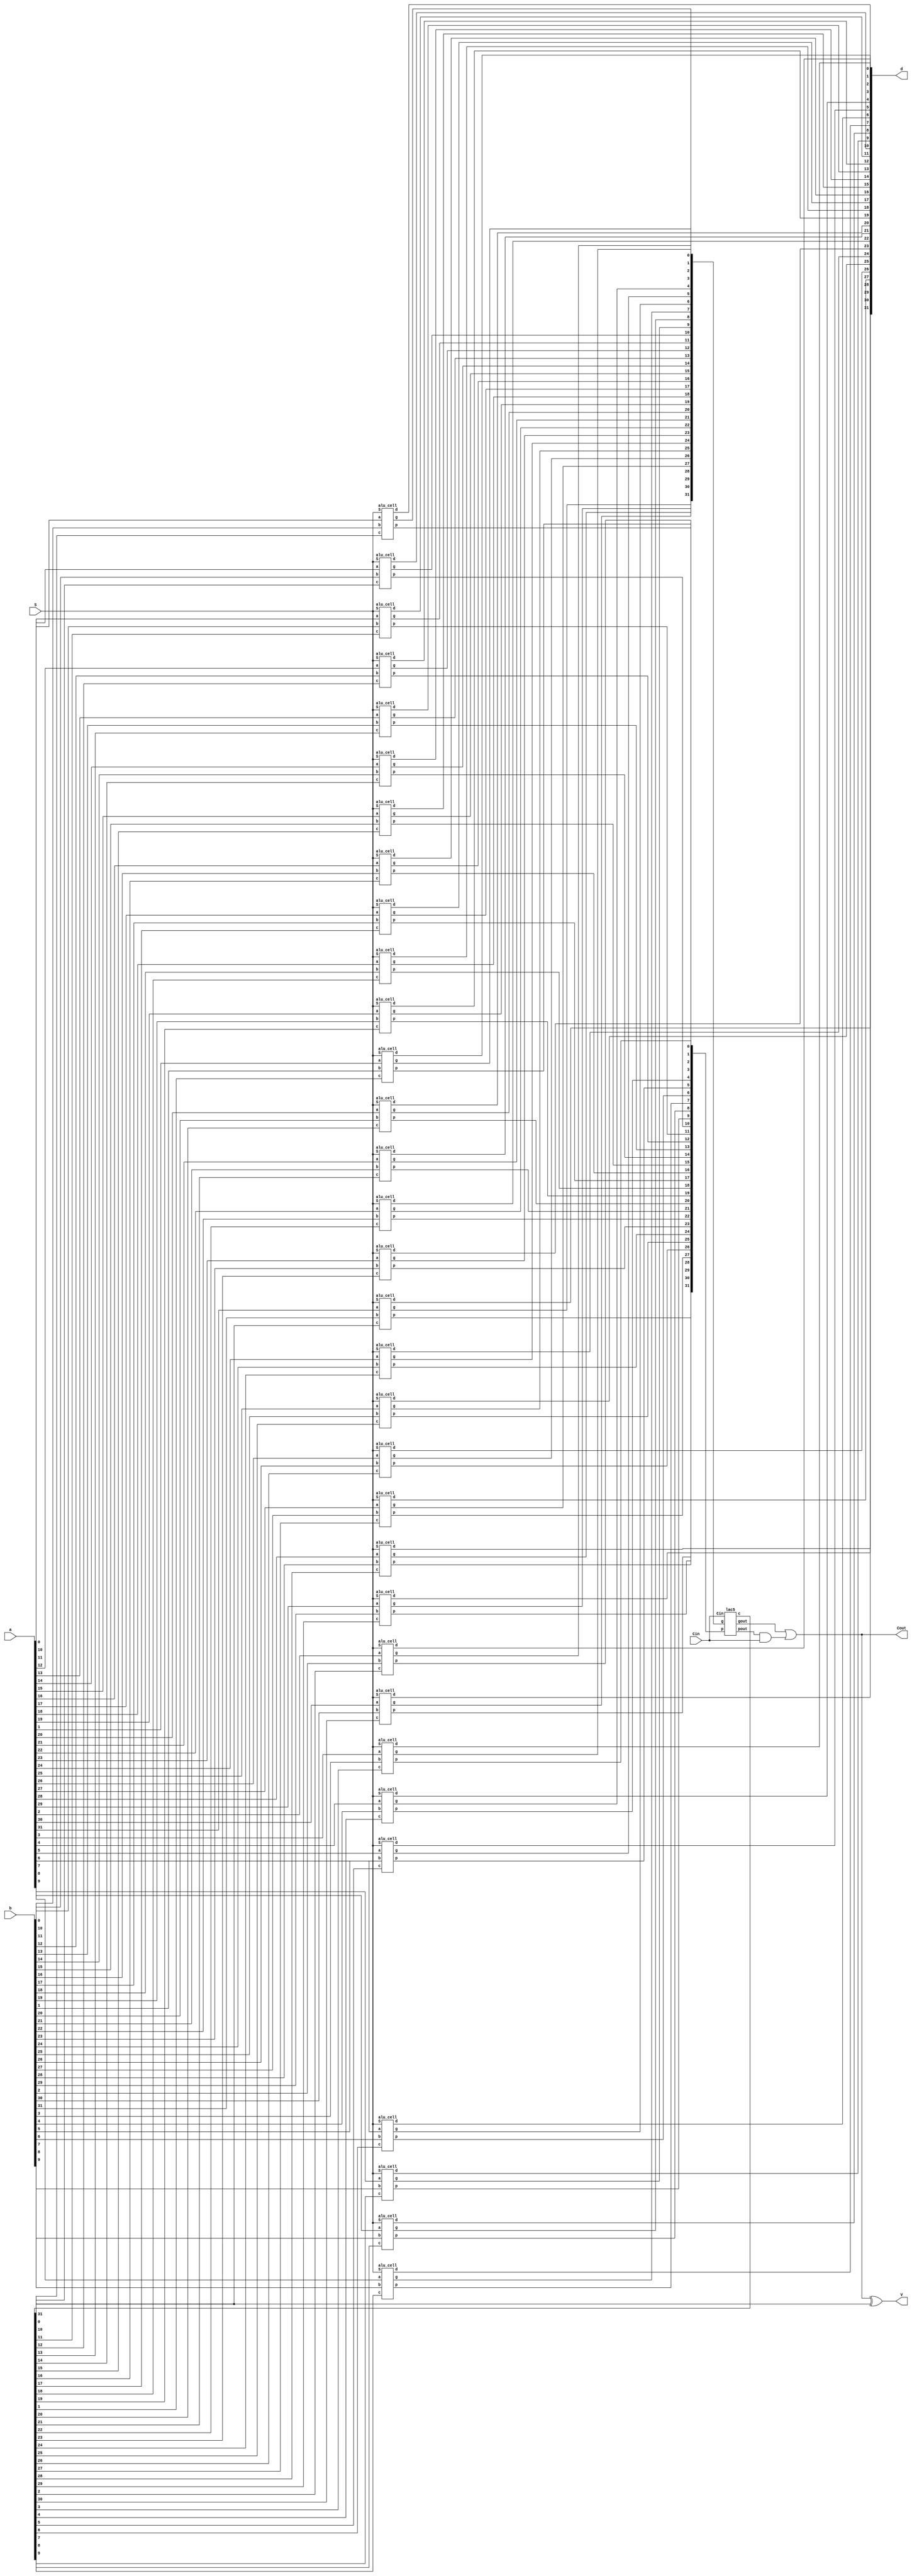
`timescale 1ns / 1ps

module alu32 (d, Cout, V, a, b, Cin, S);
   output[31:0] d;
   output Cout, V;
   input [31:0] a, b;
   input Cin;
   input [2:0] S;
   
   wire [31:0] c, g, p;
   wire gout, pout;
   
   //alu cells for each bit
   alu_cell alucell[31:0] (
      .d(d),
      .g(g),
      .p(p),
      .a(a),
      .b(b),
      .c(c),
      .S(S)
   );
   
   //LAC tree
   lac5 laclevel5(
      .c(c),
      .gout(gout),
      .pout(pout),
      .Cin(Cin),
      .g(g),
      .p(p)
   );

   //overflow calculation 
   assign Cout = gout | (pout & Cin);
   assign V = Cout ^ c[31];
  
endmodule


module alu_cell (d, g, p, a, b, c, S);
    output reg d;
    output g, p;
    input a, b, c;
    input [2:0] S;
    
    wire cint, bint;

    assign bint = (~S[2] & S[0]) ^ b;
    assign g=a&bint;
    assign p=a^bint;
    assign cint = (~S[2] & S[1]) & c;
    
    //case statements for functions, according to the assignment doc
    always@(d,p,cint,a,b,S) 
        case (S)
            3'b000, 3'b001, 3'b010, 3'b011:
                d = p ^ cint;
                
            3'b100:
                d = a|b;
                
            3'b101:
                d = ~(a | b);
            3'b110:
                d = a & b;
            3'b111:
                d = 1'b0;
    endcase
endmodule

module lac(c, gout, pout, Cin, g, p);
    // base LAC, given in class slides
    output [1:0] c;
    output gout, pout;
    input Cin;
    input [1:0] g, p;
    
    assign c[0] = Cin;
    assign c[1] = g[0] | (p[0]&Cin);
    assign gout = g[1]|(p[1]&g[0]);
    assign pout = p[1]&p[0];
endmodule


module lac2(c, gout, pout, Cin, g, p);
    output [3:0] c;
    output gout, pout;
    input Cin;
    input [3:0] g, p;
    
    wire [1:0] cint, gint, pint;
    
    lac leaf0(
        .c(c[1:0]),
        .gout(gint[0]),
        .pout(pint[0]),
        .Cin(cint[0]),
        .g(g[1:0]),
        .p(p[1:0])
    );
    
    lac leaf1(
        .c(c[3:2]),
        .gout(gint[1]),
        .pout(pint[1]),
        .Cin(cint[1]),
        .g(g[3:2]),
        .p(p[3:2])
    );
    
    lac root(
        .c(cint),
        .gout(gout),
        .pout(pout),
        .Cin(Cin),
        .g(gint),
        .p(pint)
    );
    
    
endmodule   


module lac3(c, gout, pout, Cin, g, p);
    output [7:0] c;
    output gout, pout;
    input Cin;
    input [7:0] g, p;
    
    wire [1:0] cint, gint, pint;
    
    lac2 leaf0(
        .c(c[3:0]),
        .gout(gint[0]),
        .pout(pint[0]),
        .Cin(cint[0]),
        .g(g[3:0]),
        .p(p[3:0])
    );
    
    lac2 leaf1(
        .c(c[7:4]),
        .gout(gint[1]),
        .pout(pint[1]),
        .Cin(cint[1]),
        .g(g[7:4]),
        .p(p[7:4])
    );
    
    lac root(
        .c(cint),
        .gout(gout),
        .pout(pout),
        .Cin(Cin),
        .g(gint),
        .p(pint)
    );
endmodule


module lac4(c, gout, pout, Cin, g, p);
    output [15:0] c;
    output gout, pout;
    input Cin;
    input [15:0] g, p;
    
    wire [1:0] cint, gint, pint;
    
    lac3 leaf0(
        .c(c[7:0]),
        .gout(gint[0]),
        .pout(pint[0]),
        .Cin(cint[0]),
        .g(g[7:0]),
        .p(p[7:0])
    );
    
    lac3 leaf1(
        .c(c[15:8]),
        .gout(gint[1]),
        .pout(pint[1]),
        .Cin(cint[1]),
        .g(g[15:8]),
        .p(p[15:8])
    );
    
    lac root(
        .c(cint),
        .gout(gout),
        .pout(pout),
        .Cin(Cin),
        .g(gint),
        .p(pint)
    );
endmodule


module lac5(c, gout, pout, Cin, g, p);
    //top-level LAC tree
    output [31:0] c;
    output gout, pout;
    input Cin;
    input [31:0] g, p;
    
    wire [1:0] cint, gint, pint;
    
    lac4 leaf0(
        .c(c[15:0]),
        .gout(gint[0]),
        .pout(pint[0]),
        .Cin(cint[0]),
        .g(g[15:0]),
        .p(p[15:0])
    );
    
    lac4 leaf1(
        .c(c[31:16]),
        .gout(gint[1]),
        .pout(pint[1]),
        .Cin(cint[1]),
        .g(g[31:16]),
        .p(p[31:16])
    );
    
    lac root(
        .c(cint),
        .gout(gout),
        .pout(pout),
        .Cin(Cin),
        .g(gint),
        .p(pint)
    );
endmodule